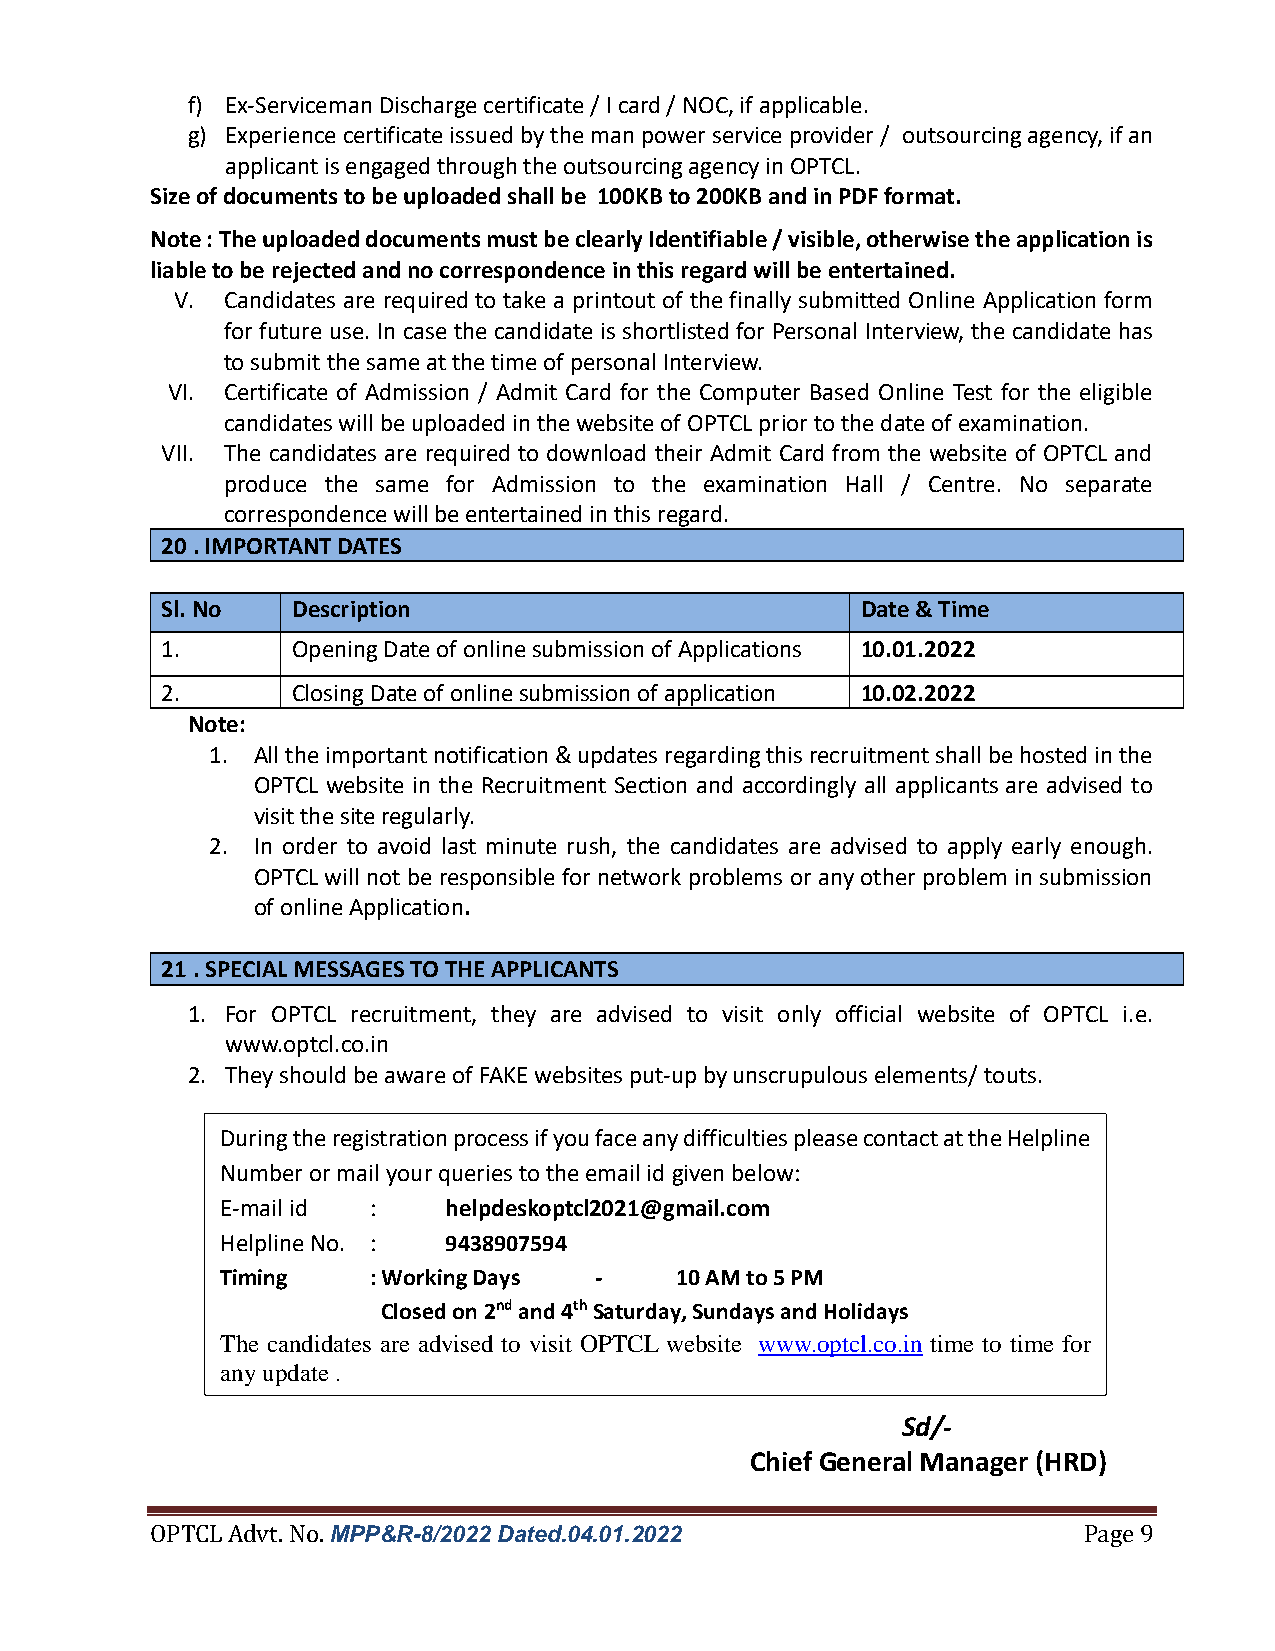
f) Ex-Serviceman Discharge certificate / I card / NOC, if applicable.
 g) Experience certificate issued by the man power service provider / outsourcing agency, if an
 applicant is engaged through the outsourcing agency in OPTCL.
 Size of documents to be uploaded shall be 100KB to 200KB and in PDF format.
 Note : The uploaded documents must be clearly Identifiable / visible, otherwise the application is
 liable to be rejected and no correspondence in this regard will be entertained.
 V. Candidates are required to take a printout of the finally submitted Online Application form
 for future use. In case the candidate is shortlisted for Personal Interview, the candidate has
 to submit the same at the time of personal Interview.
 VI. Certificate of Admission / Admit Card for the Computer Based Online Test for the eligible
 candidates will be uploaded in the website of OPTCL prior to the date of examination.
 VII. The candidates are required to download their Admit Card from the website of OPTCL and
 produce the same for Admission to the examination Hall / Centre. No separate
 correspondence will be entertained in this regard.
 20 . IMPORTANT DATES
 Sl. No  Description                           Date & Time
 1.      Opening Date of online submission of Applications 10.01.2022
 2.      Closing Date of online submission of application 10.02.2022
 Note:
 1. All the important notification & updates regarding this recruitment shall be hosted in the
 OPTCL website in the Recruitment Section and accordingly all applicants are advised to
 visit the site regularly.
 2. In order to avoid last minute rush, the candidates are advised to apply early enough.
 OPTCL will not be responsible for network problems or any other problem in submission
 of online Application.
 21 . SPECIAL MESSAGES TO THE APPLICANTS
 1. For OPTCL recruitment, they are advised to visit only official website of OPTCL i.e.
 www.optcl.co.in
 2. They should be aware of FAKE websites put-up by unscrupulous elements/ touts.
 During the registration process if you face any difficulties please contact at the Helpline
 Number or mail your queries to the email id given below:
 E-mail id :   helpdeskoptcl2021@gmail.com
 Helpline No. : 9438907594
 Timing    : Working Days -    10 AM to 5 PM
 Closed on 2nd and 4th Saturday, Sundays and Holidays
 The candidates are advised to visit OPTCL website www.optcl.co.in time to time for
 any update .
 Sd/-
 Chief General Manager (HRD)
 OPTCL Advt. No. MPP&R-8/2022 Dated.04.01.2022                 Page 9